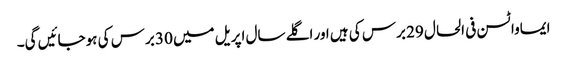
ایماواٹسن فی الحال 29 برس کی ہیں اور اگلے سال اپریل میں 30 برس کی ہوجائیں گی۔